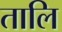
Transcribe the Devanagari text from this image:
तालि